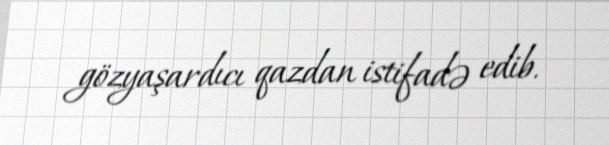
gözyaşardıcı qazdan istifadə edib.